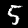
Digit: 5